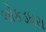
બોકડધરા